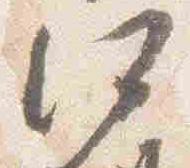
何